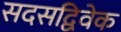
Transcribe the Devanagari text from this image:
सदसद्विवेक